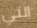
التي